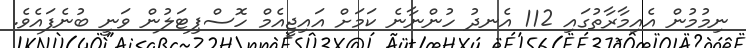
ނިމުމުން އެއިމާރާތުގައި 112 އެނދު ހުންނާނެ ކަމަށް އައިޖީއެމް ހޮސްޕިޓަލުން ވަނީ ބުނެފައެވެ.